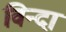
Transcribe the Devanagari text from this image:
विन्दा